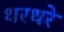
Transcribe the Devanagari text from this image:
थरथरे